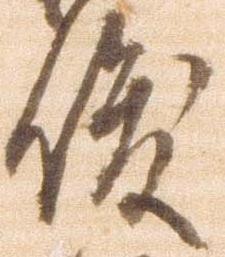
俊